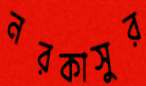
নরকাসুর